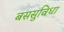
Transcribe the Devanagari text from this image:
बससुविधा